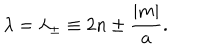
\lambda = \lambda _ { \pm } \equiv 2 n \pm { \frac { | m | } { a } } .